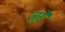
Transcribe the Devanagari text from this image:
ज़र्रे